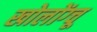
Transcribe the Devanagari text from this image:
खोलोंग्चू